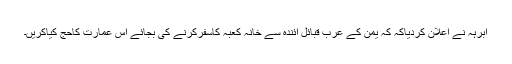
ابرہہ نے اعلان کردیاکہ کہ یمن کے عرب قبائل آئندہ سے خانہ کعبہ کاسفرکرنے کی بجائے اس عمارت کاحج کیاکریں۔